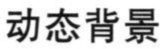
动态背景